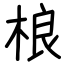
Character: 桹